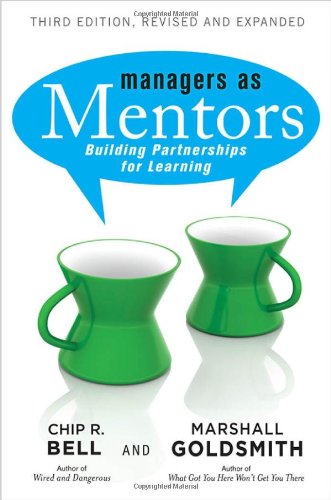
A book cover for Managers As Mentors: Building Partnerships for Learning; Chip R Bell; Business & Money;